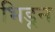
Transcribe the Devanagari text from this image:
भिडून